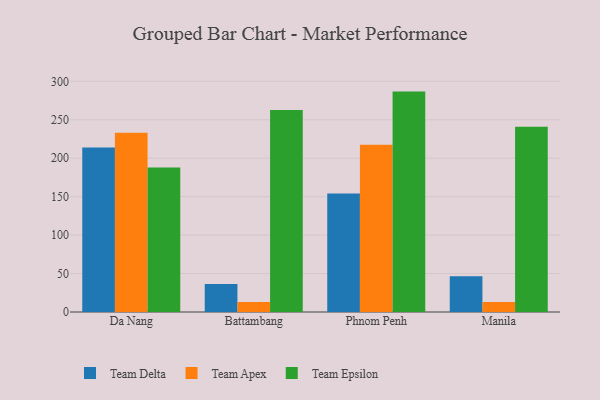
{"axis": {"x": "City", "y": "Temperature (°C)"}, "legend": ["Team Apex", "Team Delta", "Team Epsilon"], "data": [{"x": "Da Nang", "y": 213.8, "type": "Team Delta"}, {"x": "Da Nang", "y": 233.0, "type": "Team Apex"}, {"x": "Da Nang", "y": 187.8, "type": "Team Epsilon"}, {"x": "Battambang", "y": 36.5, "type": "Team Delta"}, {"x": "Battambang", "y": 13.1, "type": "Team Apex"}, {"x": "Battambang", "y": 262.6, "type": "Team Epsilon"}, {"x": "Phnom Penh", "y": 154.0, "type": "Team Delta"}, {"x": "Phnom Penh", "y": 217.4, "type": "Team Apex"}, {"x": "Phnom Penh", "y": 286.6, "type": "Team Epsilon"}, {"x": "Manila", "y": 46.5, "type": "Team Delta"}, {"x": "Manila", "y": 13.1, "type": "Team Apex"}, {"x": "Manila", "y": 240.9, "type": "Team Epsilon"}]}